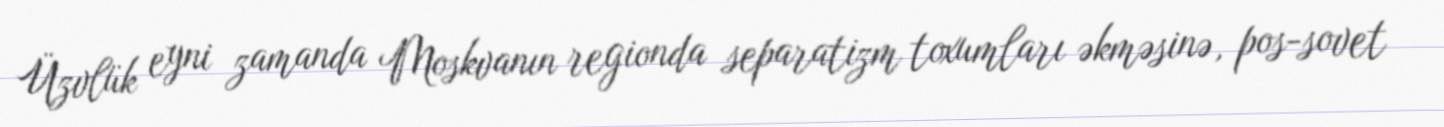
Üzvlük eyni zamanda Moskvanın regionda separatizm toxumları əkməsinə, pos-sovet